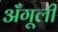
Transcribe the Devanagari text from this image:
अँगूली